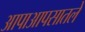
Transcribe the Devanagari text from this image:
आपाआपसातले